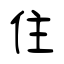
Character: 住